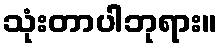
သုံးတာပါဘုရား။